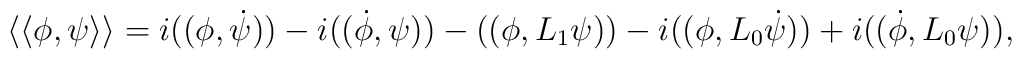
\langle\langle \phi,\psi \rangle\rangle=i((\phi,\dot{\psi}))-i((\dot{\phi},\psi))-((\phi,L_1\psi))-i((\phi,L_0\dot{\psi}))+i((\dot{\phi},L_0\psi)),